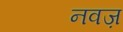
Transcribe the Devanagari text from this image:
नवज़